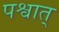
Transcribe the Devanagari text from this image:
पश्वात्